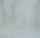
إذا